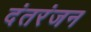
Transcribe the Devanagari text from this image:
दंतरंजन